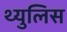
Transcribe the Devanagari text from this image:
थ्युलिस